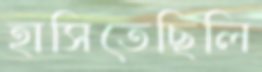
হাসিতেছিলি